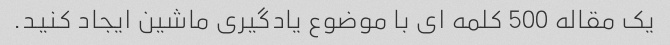
یک مقاله 500 کلمه ای با موضوع یادگیری ماشین ایجاد کنید.